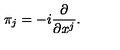
\pi _ { j } = - i { \frac { \partial } { \partial x ^ { j } } } .